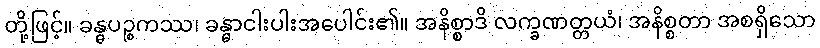
တို့ဖြင့်။ ခန္ဓပဉ္စကဿ၊ ခန္ဓာငါးပါးအပေါင်း၏။ အနိစ္စာဒိ လက္ခဏတ္တယံ၊ အနိစ္စတာ အစရှိသော